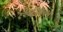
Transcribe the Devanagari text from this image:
रेखांशाला